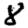
Digit: 8